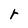
Character: r